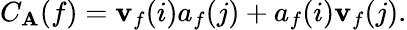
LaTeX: C_{\mathbf{A}}(f)=\mathbf{v}_{f}(i)a_{f}(j)+a_{f}(i)\mathbf{v}_{f}(j).